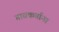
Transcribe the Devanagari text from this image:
गावकर्याना